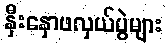
နှီးနှောဖလှယ်ပွဲများ